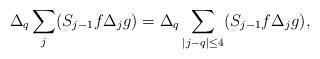
LaTeX: \begin{align*}\Delta_q \sum_j (S_{j-1}f\Delta_jg) = \Delta_q \sum_{\vert j-q \vert \le 4} (S_{j-1}f\Delta_jg),\end{align*}